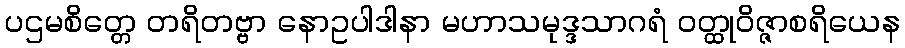
ပဌမစိတ္တေ တရိတဗ္ဗာ နောဥပါဒါနာ မဟာသမုဒ္ဒသာဂရံ ဝတ္ထုဝိဇ္ဇာစရိယေန